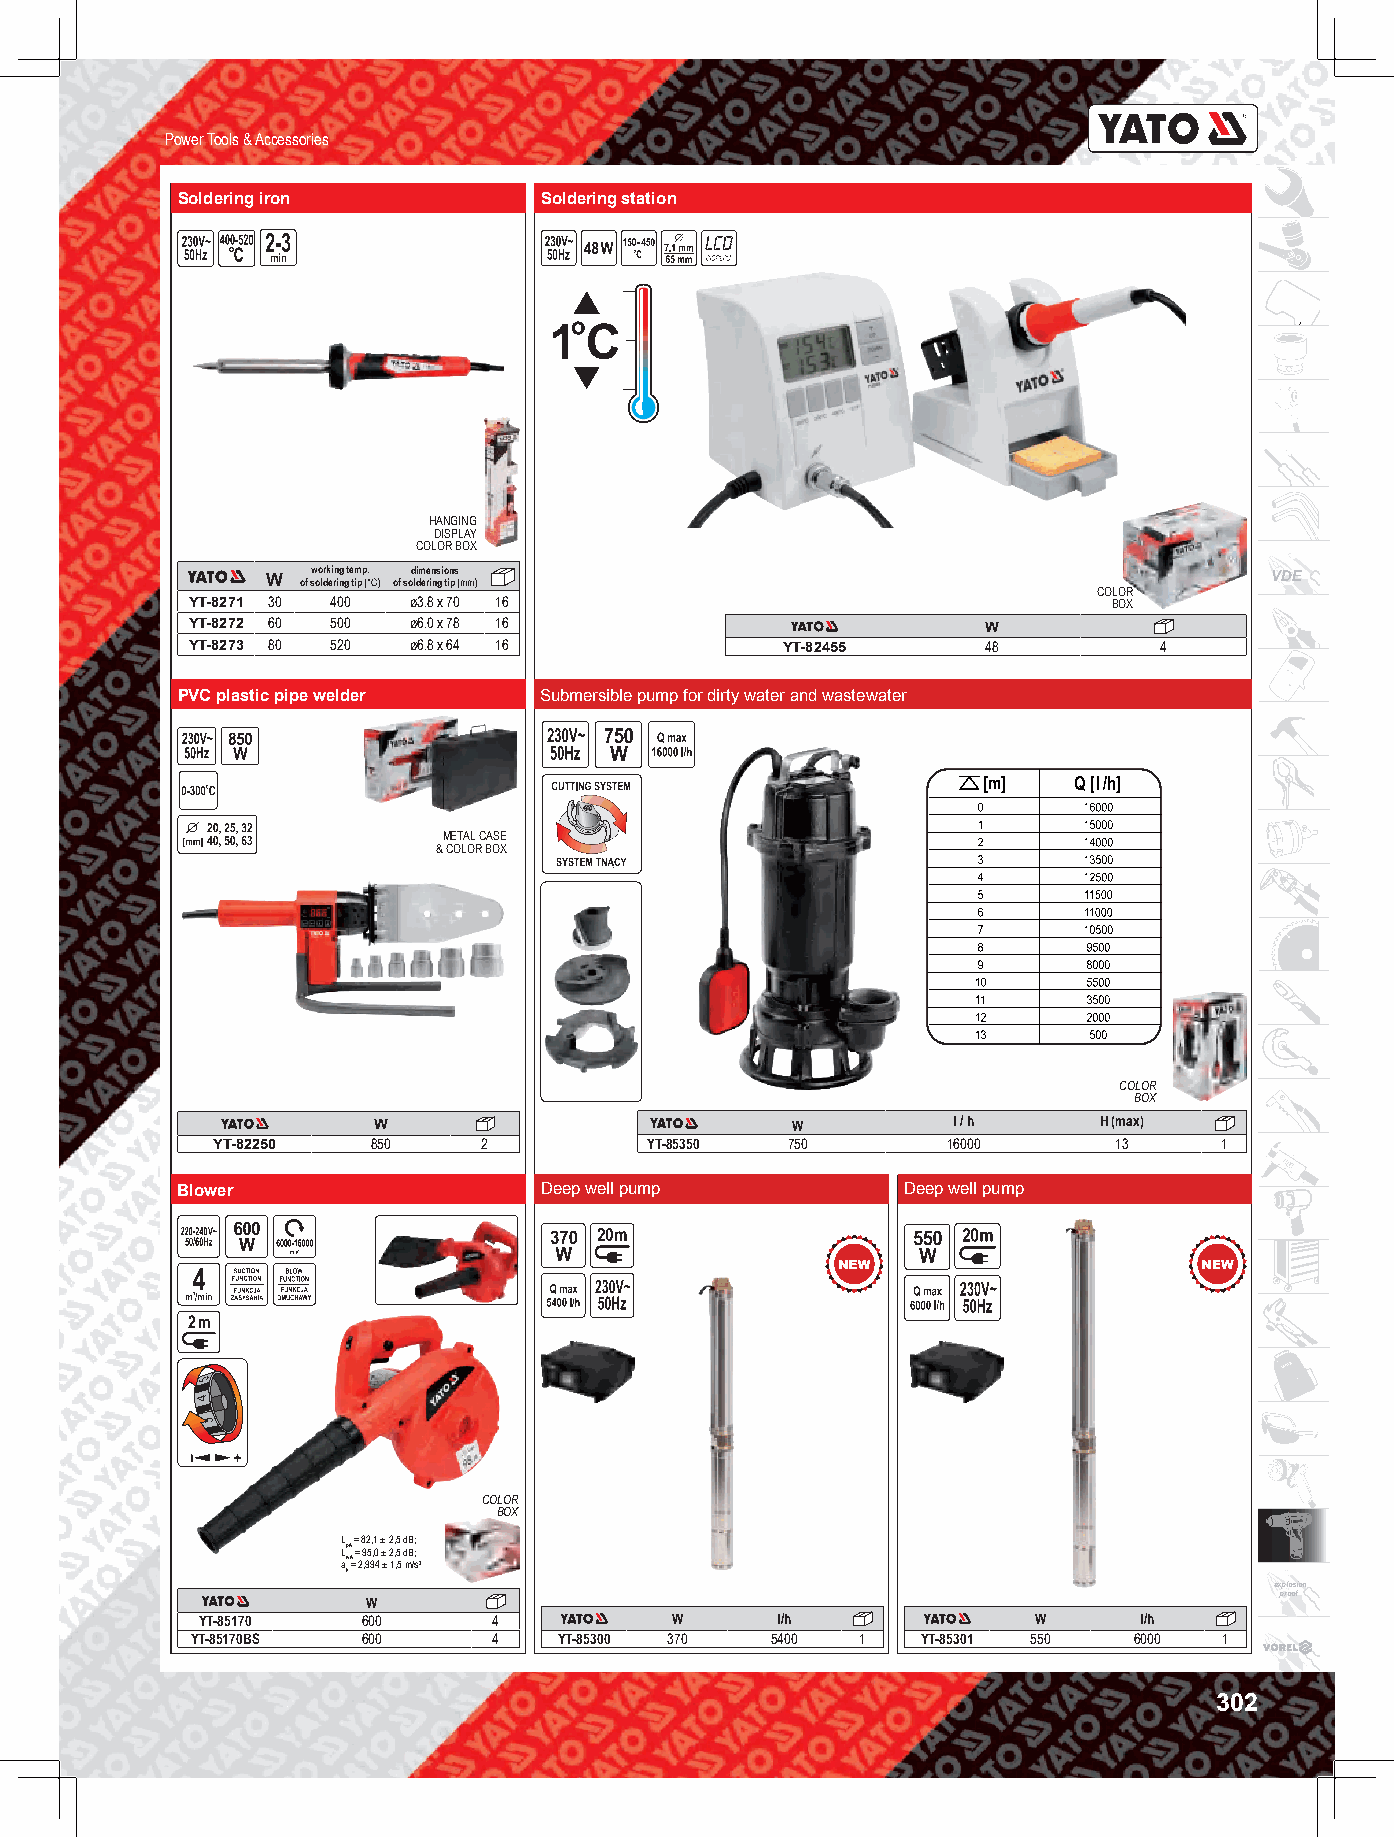
Power Tools & Accessories
 Soldering iron          Soldering station
 HANGING
 DISPLAY
 COLOR BOX
 W of sw oo ldrk ei rn ing g t e tm ipp (. ° C ) of sod ldim ere in ns gi o tin ps ( m m) VDE
 COLOR
 YT-8271 30 400 ø3.8 x 70 16                                   BOX
 YT-8272 60 500 ø6.0 x 78 16                          W
 YT-8273 80 520 ø6.8 x 64 16             YT-82455     48          4
 PVC plastic pipe welder Submersible pump for dirty water and wastewater
 METAL CASE
 & COLOR BOX
 COLOR
 BOX
 W                          W          l / h     H (max)
 YT-82250   850    2          YT-85350 750        16000      13     1
 Blower                  Deep well pump          Deep well pump
 COLOR
 BOX
 L = 82,1 ± 2,5 dB;
 LpA = 95,0 ± 2,5 dB;
 aw A= 2,994 ± 1,5 m/s2
 h
 explosion
 proof
 W
 YT-85170   600      4          W      I/h              W      I/h
 YT-85170BS 600      4   YT-85300 370  5400  1   YT-85301 550  6000  1
 302